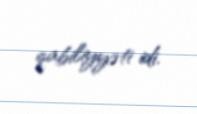
qabiliyyəti idi.